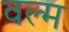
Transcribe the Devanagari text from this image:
वल्म